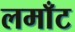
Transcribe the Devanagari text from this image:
लमाँट